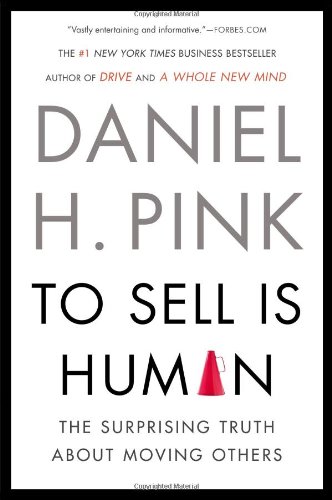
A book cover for To Sell Is Human: The Surprising Truth About Moving Others; Daniel H. Pink; Health, Fitness & Dieting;